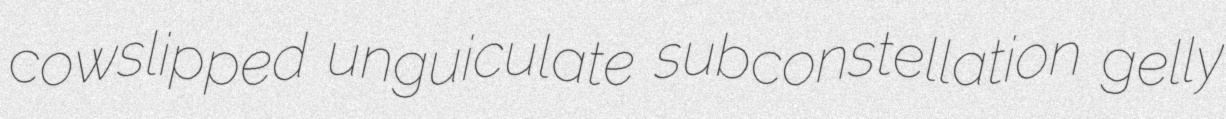
cowslipped unguiculate subconstellation gelly